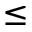
\leq